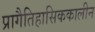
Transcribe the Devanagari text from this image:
प्रागैतिहासिककालीन